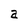
Character: a